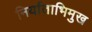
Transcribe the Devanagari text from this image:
निर्याताभिमुख